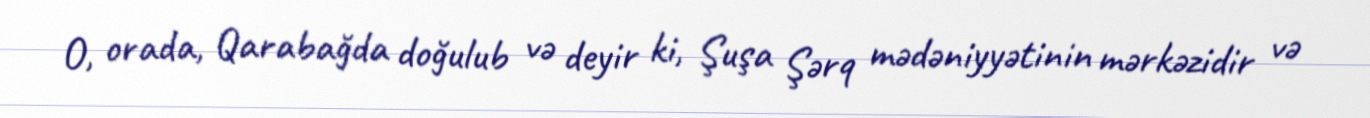
O, orada, Qarabağda doğulub və deyir ki, Şuşa Şərq mədəniyyətinin mərkəzidir və